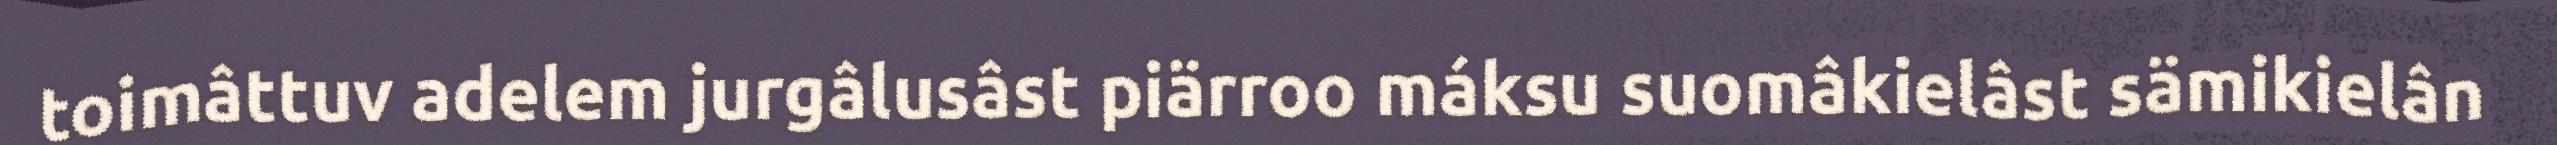
toimâttuv adelem jurgâlusâst piärroo máksu suomâkielâst sämikielân